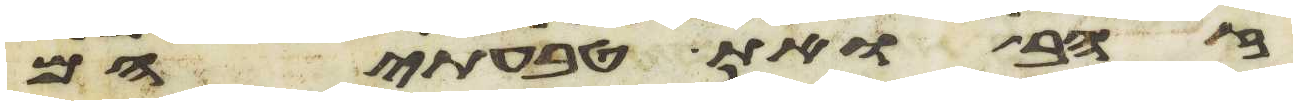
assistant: זהב ואת טבעתיהם